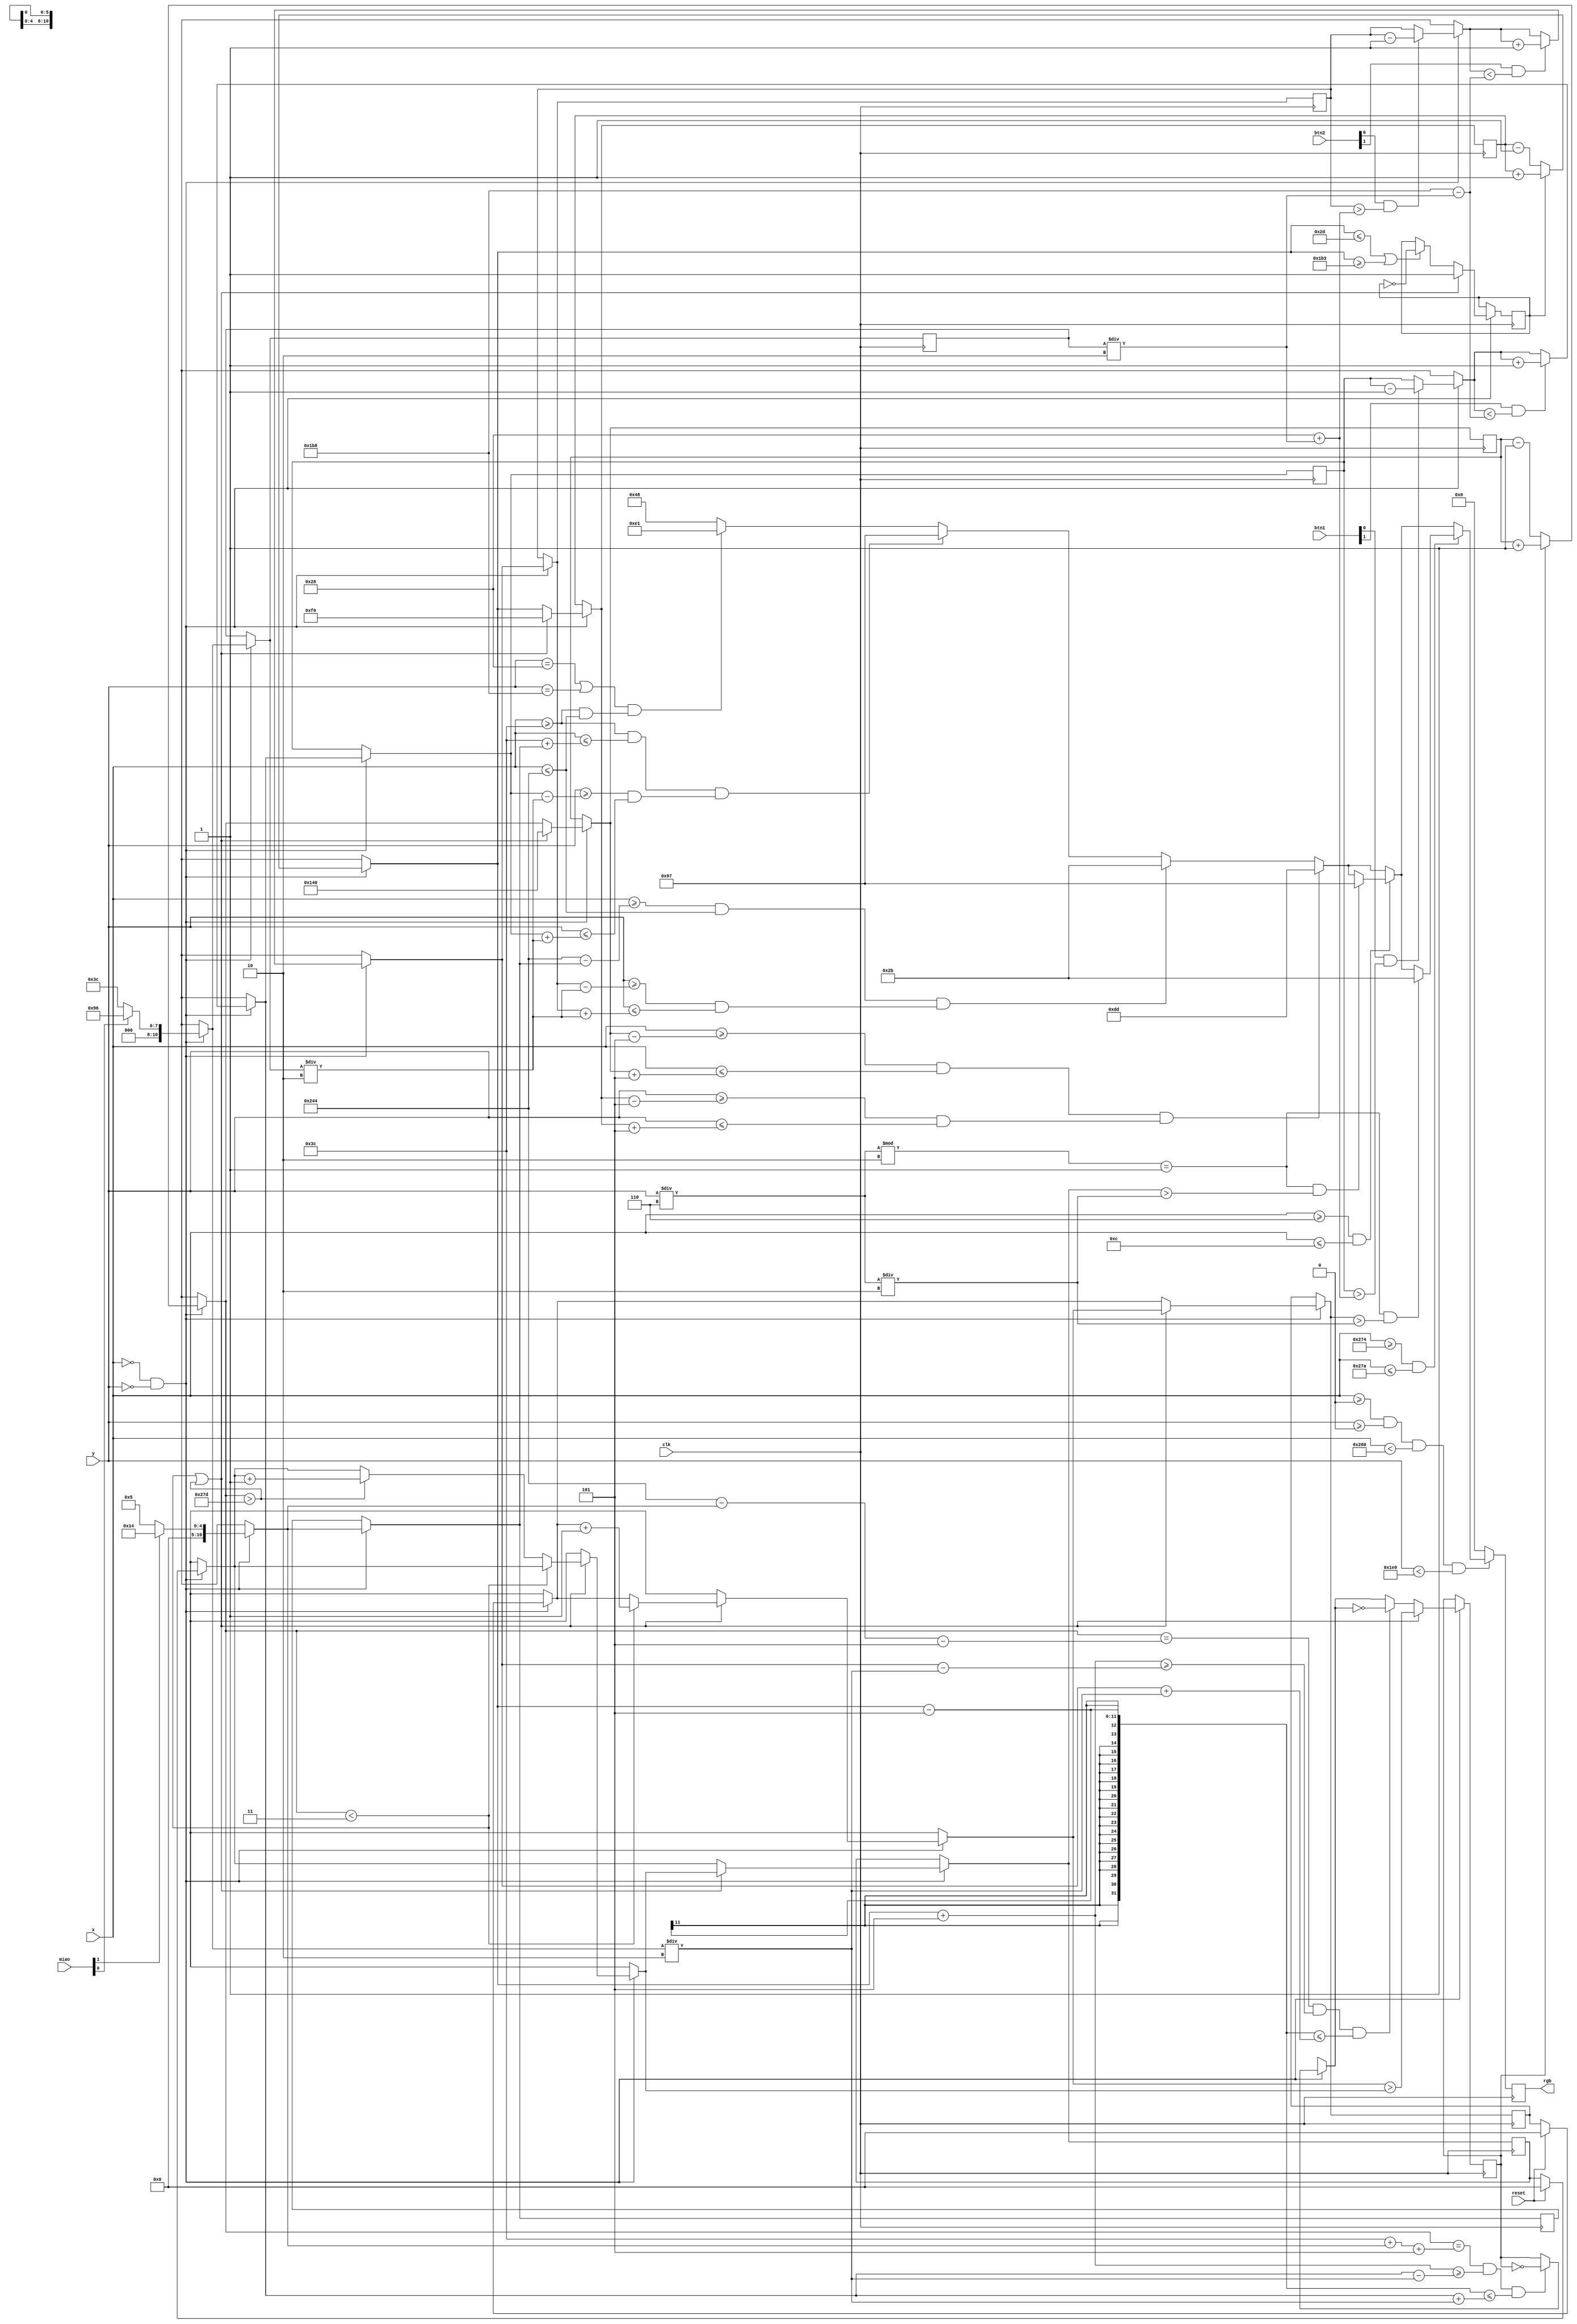
`timescale 1ns / 1ps

// show pixel(x, y) on the screen
module graphic(
    input wire  clk, reset,
    input wire  [1:0]  miao,
    input wire  [10:0] x, y,
    input wire  [1:0]  btn1, btn2,
    output wire [7:0]  rgb
);

    // colors: [B1 B2 G1 G2 G3 R1 R2 R3]
    localparam COLOR_BG   = 8'b01001000;
    localparam COLOR_BALL = 8'b11011101;
    localparam COLOR_LINE = 8'b11100001;
    localparam COLOR_LBAR = 8'b10010111;
    localparam COLOR_RBAR = 8'b00101011;
    localparam COLOR_NULL = 8'b00000000;

    // sizes
    reg [10:0] BAR_H   = 11'd60;
    reg [10:0] BAR_W   = 11'd5;
    localparam BALL_R  = 11'd5;
    localparam L_BOUND = 11'd60;
    localparam R_BOUND = 11'd580;
    localparam U_BOUND = 11'd40;
    localparam D_BOUND = 11'd440;

    // velocities
    localparam BAR_V  = 10'd1;
    localparam BALL_V = 10'd1;

    // initialize values
    reg [10:0] ball_x, ball_y, lbar_y, rbar_y;
    reg ball_move_x, ball_move_y;
    reg [5:0] lscore, rscore;
    initial begin
        ball_x = 11'd320;
        ball_y = 11'd240;
        lbar_y = 11'd240;
        rbar_y = 11'd240;
        ball_move_x = 1'b1;
        ball_move_y = 1'b1;
        lscore = 1'b0;
        rscore = 1'b0;
    end

    reg [7:0] rgb_now;
    wire clk_frame = (x == 0 && y == 0);
    always @(posedge clk) begin

        if (clk_frame) begin
            // controls
            if (btn1[0] && lbar_y > U_BOUND + BAR_H / 2) lbar_y = lbar_y - BAR_V;
            if (btn1[1] && lbar_y < D_BOUND - BAR_H / 2) lbar_y = lbar_y + BAR_V;
            if (btn2[0] && rbar_y > U_BOUND + BAR_H / 2) rbar_y = rbar_y - BAR_V;
            if (btn2[1] && rbar_y < D_BOUND - BAR_H / 2) rbar_y = rbar_y + BAR_V;

            if (miao[0]) BAR_H  = 11'd150;
            else BAR_H  = 11'd60;
            if (miao[1]) BAR_W  = 11'd20;
            else BAR_W  = 11'd5;
            if (reset) begin
                lscore = 0;
                rscore = 0;
            end

            // ball move
            if (ball_move_x) ball_x = ball_x + BALL_V;
            else ball_x = ball_x - BALL_V;
            if (ball_move_y) ball_y = ball_y + BALL_V;
            else ball_y = ball_y - BALL_V;

            // coliision detect
            if (ball_y <= U_BOUND + BALL_R || ball_y >= D_BOUND - BALL_R)
                ball_move_y = ~ball_move_y;
            if (ball_x == L_BOUND + BAR_W + BALL_R &&
                ball_y + BALL_R >= lbar_y - BAR_H / 2 && ball_y - BALL_R <= lbar_y + BAR_H / 2)
                ball_move_x = ~ball_move_x;
            if (ball_x == R_BOUND - BAR_W - BALL_R &&
                ball_y + BALL_R >= rbar_y - BAR_H / 2 && ball_y - BALL_R <= rbar_y + BAR_H / 2)
                ball_move_x = ~ball_move_x;

            // bound detect
            if (ball_x < 3 || ball_x > 637) begin
                if (ball_x < 3)
                    rscore = rscore + 1'b1;
                else if (ball_x > 637)
                    lscore = lscore + 1'b1;
                ball_x = 320;
                ball_y = 240;
                ball_move_x = (rscore > lscore);
                ball_move_y = 1'b1;
            end
        end

        if (x >= 0 && y >= 0 && x < 640 && y < 480) begin

            rgb_now <= COLOR_BG;

            // border
            if ((y == 40 || y == 440) && (x >= L_BOUND && x <= R_BOUND))
                rgb_now <= COLOR_LINE;

            // bars
            if ((x >= L_BOUND && x <= L_BOUND + BAR_W) &&
                (y >= lbar_y - BAR_H / 2 && y <= lbar_y + BAR_H / 2))
                rgb_now <= COLOR_LBAR;
            if ((x >= R_BOUND - BAR_W && x <= R_BOUND) &&
                (y >= rbar_y - BAR_H / 2 && y <= rbar_y + BAR_H / 2))
                rgb_now <= COLOR_RBAR;

            // ball
            if ((x >= ball_x - BALL_R && x <= ball_x + BALL_R) &&
                (y >= ball_y - BALL_R && y <= ball_y + BALL_R))
                rgb_now <= COLOR_BALL;

            // score
            if (x >= 6 && x <= 12)
                if (y / 6 % 2 == 1 && lscore > y / 6 / 2)
                    rgb_now <= COLOR_LBAR;
            if (x >= 628 && x <= 634)
                if (y / 6 % 2 == 1 && rscore > y / 6 / 2)
                    rgb_now <= COLOR_RBAR;

        end else begin
            // outside of the display area, fill black
            rgb_now <= COLOR_NULL;
        end
    end

    assign rgb = rgb_now;

endmodule